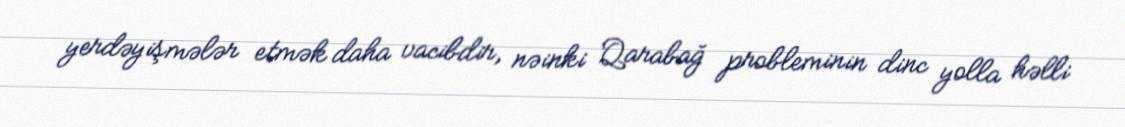
yerdəyişmələr etmək daha vacibdir, nəinki Qarabağ probleminin dinc yolla həlli